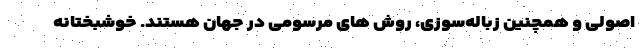
اصولی و همچنین زباله‌سوزی، روش های مرسومی در جهان هستند. خوشبختانه